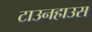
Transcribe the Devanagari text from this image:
टाउनहाउस